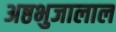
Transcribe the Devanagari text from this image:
अष्ठभुजालाल